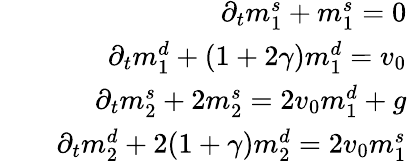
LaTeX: \begin{array}{rlr}&{}&{\partial_{t}m_{1}^{s}+m_{1}^{s}=0}\\ &{}&{\partial_{t}m_{1}^{d}+(1+2\gamma)m_{1}^{d}=v_{0}}\\ &{}&{\partial_{t}m_{2}^{s}+2m_{2}^{s}=2v_{0}m_{1}^{d}+g}\\ &{}&{\partial_{t}m_{2}^{d}+2(1+\gamma)m_{2}^{d}=2v_{0}m_{1}^{s}}\end{array}